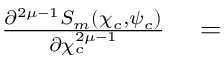
\begin{array} { r l } { \frac { \partial ^ { 2 \mu - 1 } S _ { m } \left( \chi _ { c } , \psi _ { c } \right) } { \partial \chi _ { c } ^ { 2 \mu - 1 } } } & { { } = } \end{array}